Civil Veterinary Dept. Bombay admin report 1923-31 - 1923-1931
Year: 1923
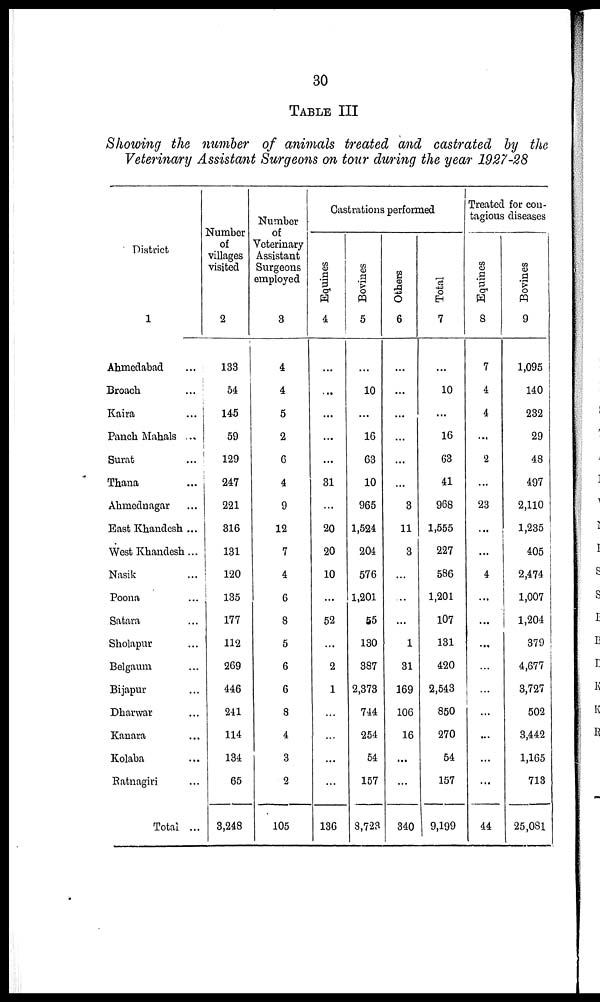
30
TABLE III
Showing the number of animals treated and castrated by the
Veterinary Assistant Surgeons on tour during the year 1927-28
District
1
Ahmedabad ...
Broach ...
Kaira ...
Panch Mahals ...
Surat ...
Thana ...
Ahmednagar ...
East Khandesh ...
West Khandesh...
Nasik ...
Poona ...
Satara ...
Sholapur ...
Belgaum ...
Bijapur ...
Dharwar ...
Kanara ...
Kolaba ...
Ratnagiri ...
Total ...
Number
of
villages
visited
2
133
54
145
59
129
247
221
316
131
120
135
177
112
269
446
241
114
134
65
3,248
Number
of
Veterinary
Assistant
Surgeons
employed
3
4
4
5
2
6
4
9
12
7
4
6
8
5
6
6
8
4
3
2
105
Castrations performed
Equines
4
...
...
...
...
...
31
...
20
20
10
...
52
...
2
1
...
...
...
...
136
Bovines
5
...
10
...
16
63
10
965
1,524
204
576
1,201
55
130
387
2,373
744
254
54
157
8,723
Others
6
...
...
...
...
...
...
3
11
3
...
...
...
1
31
169
106
16
...
...
340
Total
7
...
10
...
16
63
41
968
1,555
227
586
1,201
107
131
420
2,543
850
270
54
157
9,199
Treated for con-
tagious diseases
Equines
8
7
4
4
...
2
...
23
...
...
4
...
...
...
...
...
...
...
...
...
44
Bovines
9
1,095
140
232
29
48
497
2,110
1,235
405
2,474
1,007
1,204
379
4,677
3,727
502
3,442
1,165
713
25,081